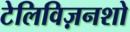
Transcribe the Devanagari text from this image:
टेलिविज़नशो